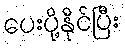
ပေးပို့နိုင်ပြီး